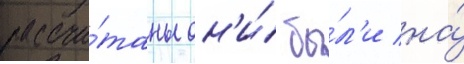
рассчи́таны он'и́ бы́л'и на́